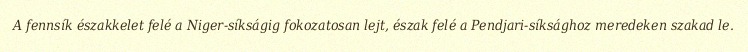
A fennsík északkelet felé a Niger-síkságig fokozatosan lejt, észak felé a Pendjari-síksághoz meredeken szakad le.